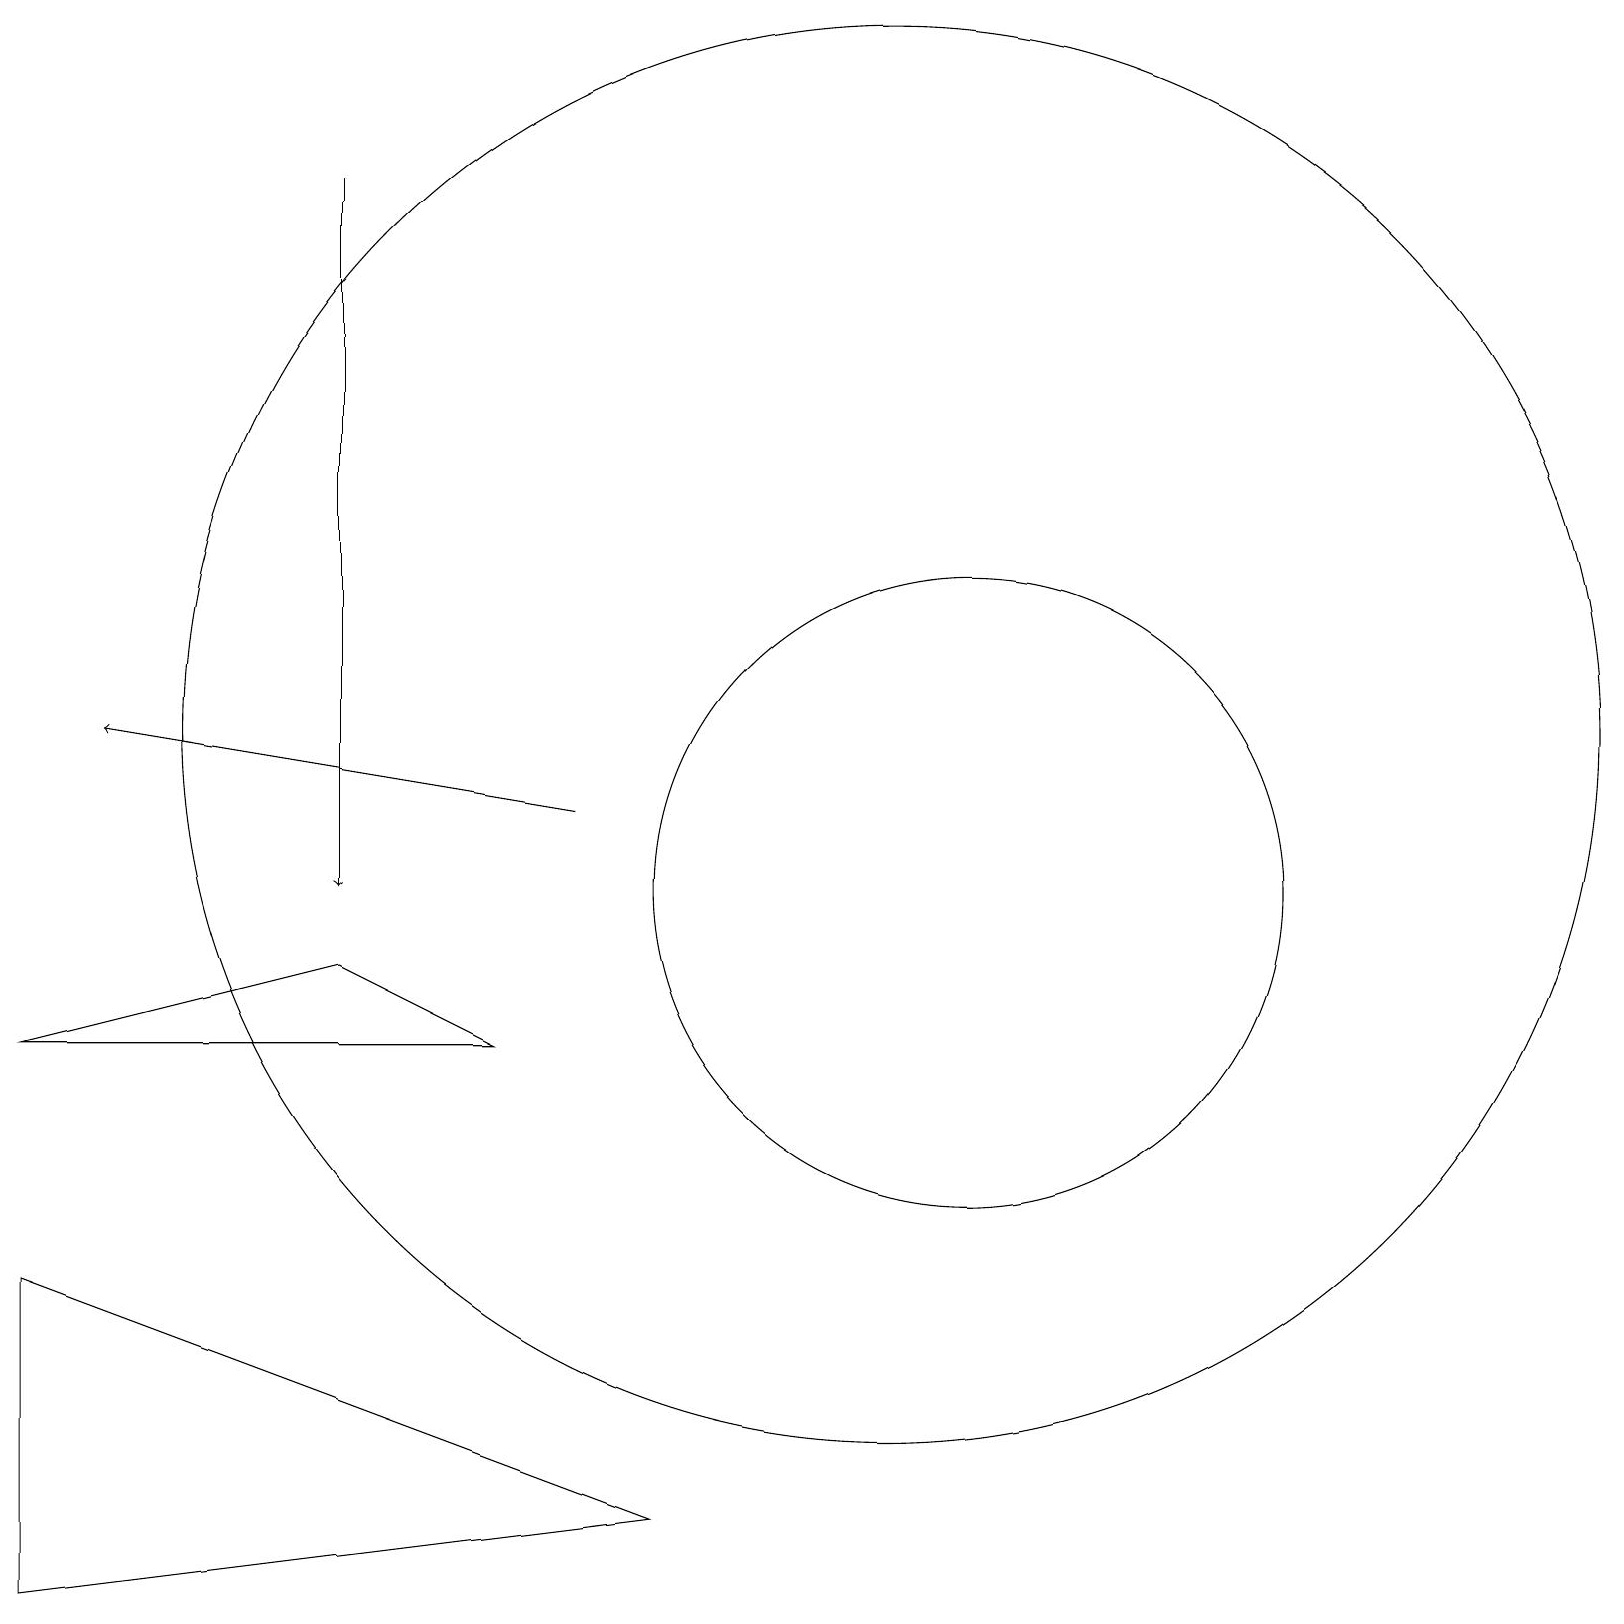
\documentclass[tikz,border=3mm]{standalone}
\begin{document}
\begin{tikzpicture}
\draw (11,12) circle (9);
\draw (12,10) circle (4);
\draw (0,5) -- (0,1) -- (8,2) -- cycle;
\draw[->] (4,19) -- (4,10);
\draw (6,8) -- (0,8) -- (4,9) -- cycle;
\draw[->] (7,11) -- (1,12);
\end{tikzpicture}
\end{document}